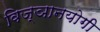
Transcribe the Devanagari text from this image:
विज्ञानयोगी